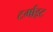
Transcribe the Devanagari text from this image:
टर्माइट